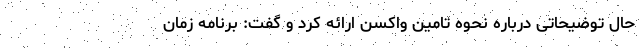
حال توضیحاتی درباره نحوه تامین واکسن ارائه کرد و گفت: برنامه زمان